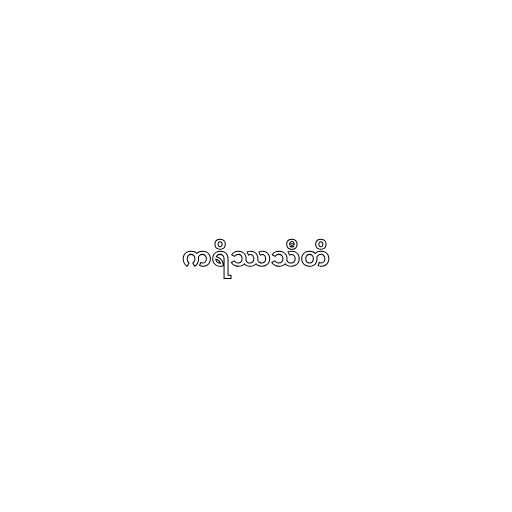
ကရိဿသီတိ